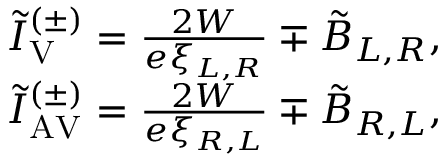
\begin{array} { r } { \tilde { I } _ { \mathrm { V } } ^ { ( \pm ) } = \frac { 2 W } { e \xi _ { L , R } } \mp \tilde { B } _ { L , R } , } \\ { \tilde { I } _ { \mathrm { A V } } ^ { ( \pm ) } = \frac { 2 W } { e \xi _ { R , L } } \mp \tilde { B } _ { R , L } , } \end{array}